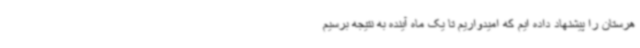
هرستان را پیشنهاد داده ایم که امیدواریم تا یک ماه آینده به نتیجه برسیم